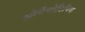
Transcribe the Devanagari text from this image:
ओर्गेनोटिपिक